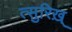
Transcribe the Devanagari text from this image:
त्सुरिख़्